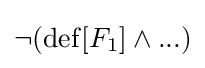
\neg (\operatorname {def} [F_{1}]\land ...)